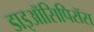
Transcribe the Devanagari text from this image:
डाइऑसिपिरॉस